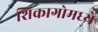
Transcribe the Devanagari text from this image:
शिकागोमध्ये